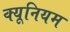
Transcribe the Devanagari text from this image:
क्यूनियम